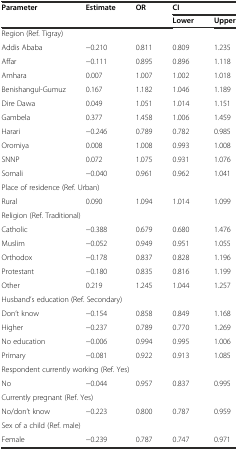
| <ROWSPAN=2> Parameter | <ROWSPAN=2> Estimate | <ROWSPAN=2> OR | <COLSPAN=2> CI |
 | Lower | Upper |
 | --- | --- | --- | --- | --- |
 | <COLSPAN=5> Region (Ref. Tigray) |
 | Addis Ababa | −0.210 | 0.811 | 0.809 | 1.235 |
 | Affar | −0.111 | 0.895 | 0.896 | 1.118 |
 | Amhara | 0.007 | 1.007 | 1.002 | 1.018 |
 | Benishangul-Gumuz | 0.167 | 1.182 | 1.046 | 1.189 |
 | Dire Dawa | 0.049 | 1.051 | 1.014 | 1.151 |
 | Gambela | 0.377 | 1.458 | 1.006 | 1.459 |
 | Harari | −0.246 | 0.789 | 0.782 | 0.985 |
 | Oromiya | 0.008 | 1.008 | 0.993 | 1.008 |
 | SNNP | 0.072 | 1.075 | 0.931 | 1.076 |
 | Somali | −0.040 | 0.961 | 0.962 | 1.041 |
 | <COLSPAN=5> Place of residence (Ref. Urban) |
 | Rural | 0.090 | 1.094 | 1.014 | 1.099 |
 | <COLSPAN=5> Religion (Ref. Traditional) |
 | Catholic | −0.388 | 0.679 | 0.680 | 1.476 |
 | Muslim | −0.052 | 0.949 | 0.951 | 1.055 |
 | Orthodox | −0.178 | 0.837 | 0.828 | 1.196 |
 | Protestant | −0.180 | 0.835 | 0.816 | 1.199 |
 | Other | 0.219 | 1.245 | 1.044 | 1.257 |
 | <COLSPAN=5> Husband’s education (Ref. Secondary) |
 | Don’t know | −0.154 | 0.858 | 0.849 | 1.168 |
 | Higher | −0.237 | 0.789 | 0.770 | 1.269 |
 | No education | −0.006 | 0.994 | 0.995 | 1.006 |
 | Primary | −0.081 | 0.922 | 0.913 | 1.085 |
 | <COLSPAN=5> Respondent currently working (Ref. Yes) |
 | No | −0.044 | 0.957 | 0.837 | 0.995 |
 | <COLSPAN=5> Currently pregnant (Ref. Yes) |
 | No/don’t know | −0.223 | 0.800 | 0.787 | 0.959 |
 | <COLSPAN=5> Sex of a child (Ref. male) |
 | Female | −0.239 | 0.787 | 0.747 | 0.971 |